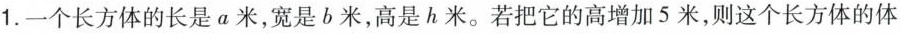
1.一个长方体的长是a米，宽是b米，高是h米。若把它的高增加5米，则这个长方体的体